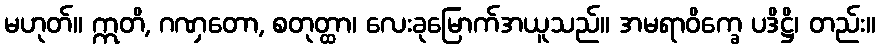
မဟုတ်။ ဣတိ, ဂဏှတော, စတုတ္ထာ၊ လေးခုမြောက်အယူသည်။ အမရာဝိက္ခေ ပဒိဋ္ဌိ၊ တည်း။